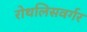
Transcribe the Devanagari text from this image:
रोथलिसवर्गर